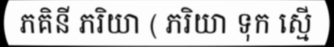
ភគិនី ភរិយា ( ភរិយា ទុក ស្មើ